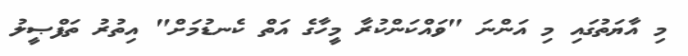
މި އާޔަތުގައި މި އަންނަ "ވައްކަންކުރާ މީހާގެ އަތް ކެނޑުމަށް" އިތުރު ތަފްޞީލު